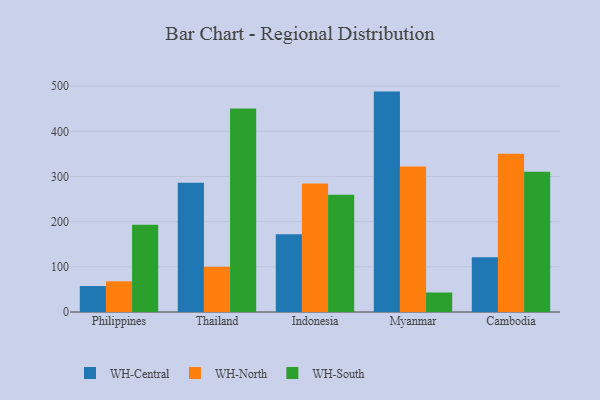
{"axis": {"x": "Country", "y": "LTV (USD)"}, "legend": ["WH-Central", "WH-North", "WH-South"], "data": [{"x": "Philippines", "y": 57.5, "type": "WH-Central"}, {"x": "Philippines", "y": 67.9, "type": "WH-North"}, {"x": "Philippines", "y": 193.0, "type": "WH-South"}, {"x": "Thailand", "y": 286.0, "type": "WH-Central"}, {"x": "Thailand", "y": 100.0, "type": "WH-North"}, {"x": "Thailand", "y": 450.5, "type": "WH-South"}, {"x": "Indonesia", "y": 172.2, "type": "WH-Central"}, {"x": "Indonesia", "y": 284.5, "type": "WH-North"}, {"x": "Indonesia", "y": 259.6, "type": "WH-South"}, {"x": "Myanmar", "y": 488.0, "type": "WH-Central"}, {"x": "Myanmar", "y": 322.2, "type": "WH-North"}, {"x": "Myanmar", "y": 43.2, "type": "WH-South"}, {"x": "Cambodia", "y": 121.2, "type": "WH-Central"}, {"x": "Cambodia", "y": 350.5, "type": "WH-North"}, {"x": "Cambodia", "y": 310.8, "type": "WH-South"}]}